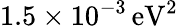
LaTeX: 1.5\times 10^{-3}\, \mathrm{eV}^{2}